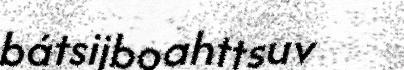
bátsijboahttsuv